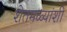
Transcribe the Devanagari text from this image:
शेतमळ्यांशी